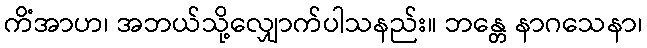
ကိံအာဟ၊ အဘယ်သို့လျှောက်ပါသနည်း။ ဘန္တေ နာဂသေနာ၊